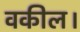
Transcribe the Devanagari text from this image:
वकील।